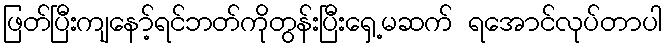
ဖြတ်ပြီးကျနော့်ရင်ဘတ်ကိုတွန်းပြီးရှေ့မဆက် ရအောင်လုပ်တာပါ